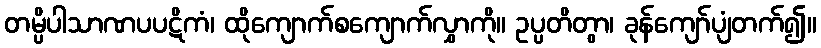
တမ္ပိပါသာဏပပဋိကံ၊ ထိုကျောက်စကျောက်လွှာကို။ ဥပ္ပတိတွာ၊ ခုန်ကျော်ပျံတက်၍။